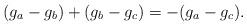
LaTeX: \begin{align*}(g_a-g_b)+(g_b-g_c)=-(g_a-g_c).\end{align*}